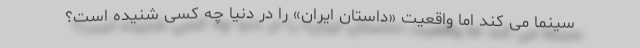
سینما می کند اما واقعیت «داستان ایران» را در دنیا چه کسی شنیده است؟